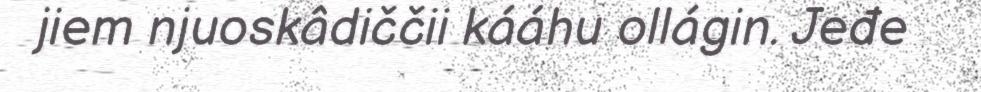
jiem njuoskâdiččii kááhu ollágin. Jeđe